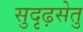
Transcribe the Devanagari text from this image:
सुदृढ़सेतु